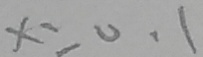
x = 0 . 1